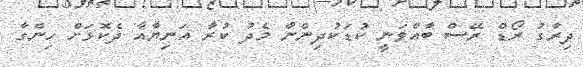
ދިރާގު ރޯޑް ރޭސް ބާއްވަނީ ކުޑަކުދިންނާ މެދު ކުރާ އަނިޔާއާ ދެކޮޅަށް ހިންގާ